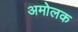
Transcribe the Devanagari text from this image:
अमोलक